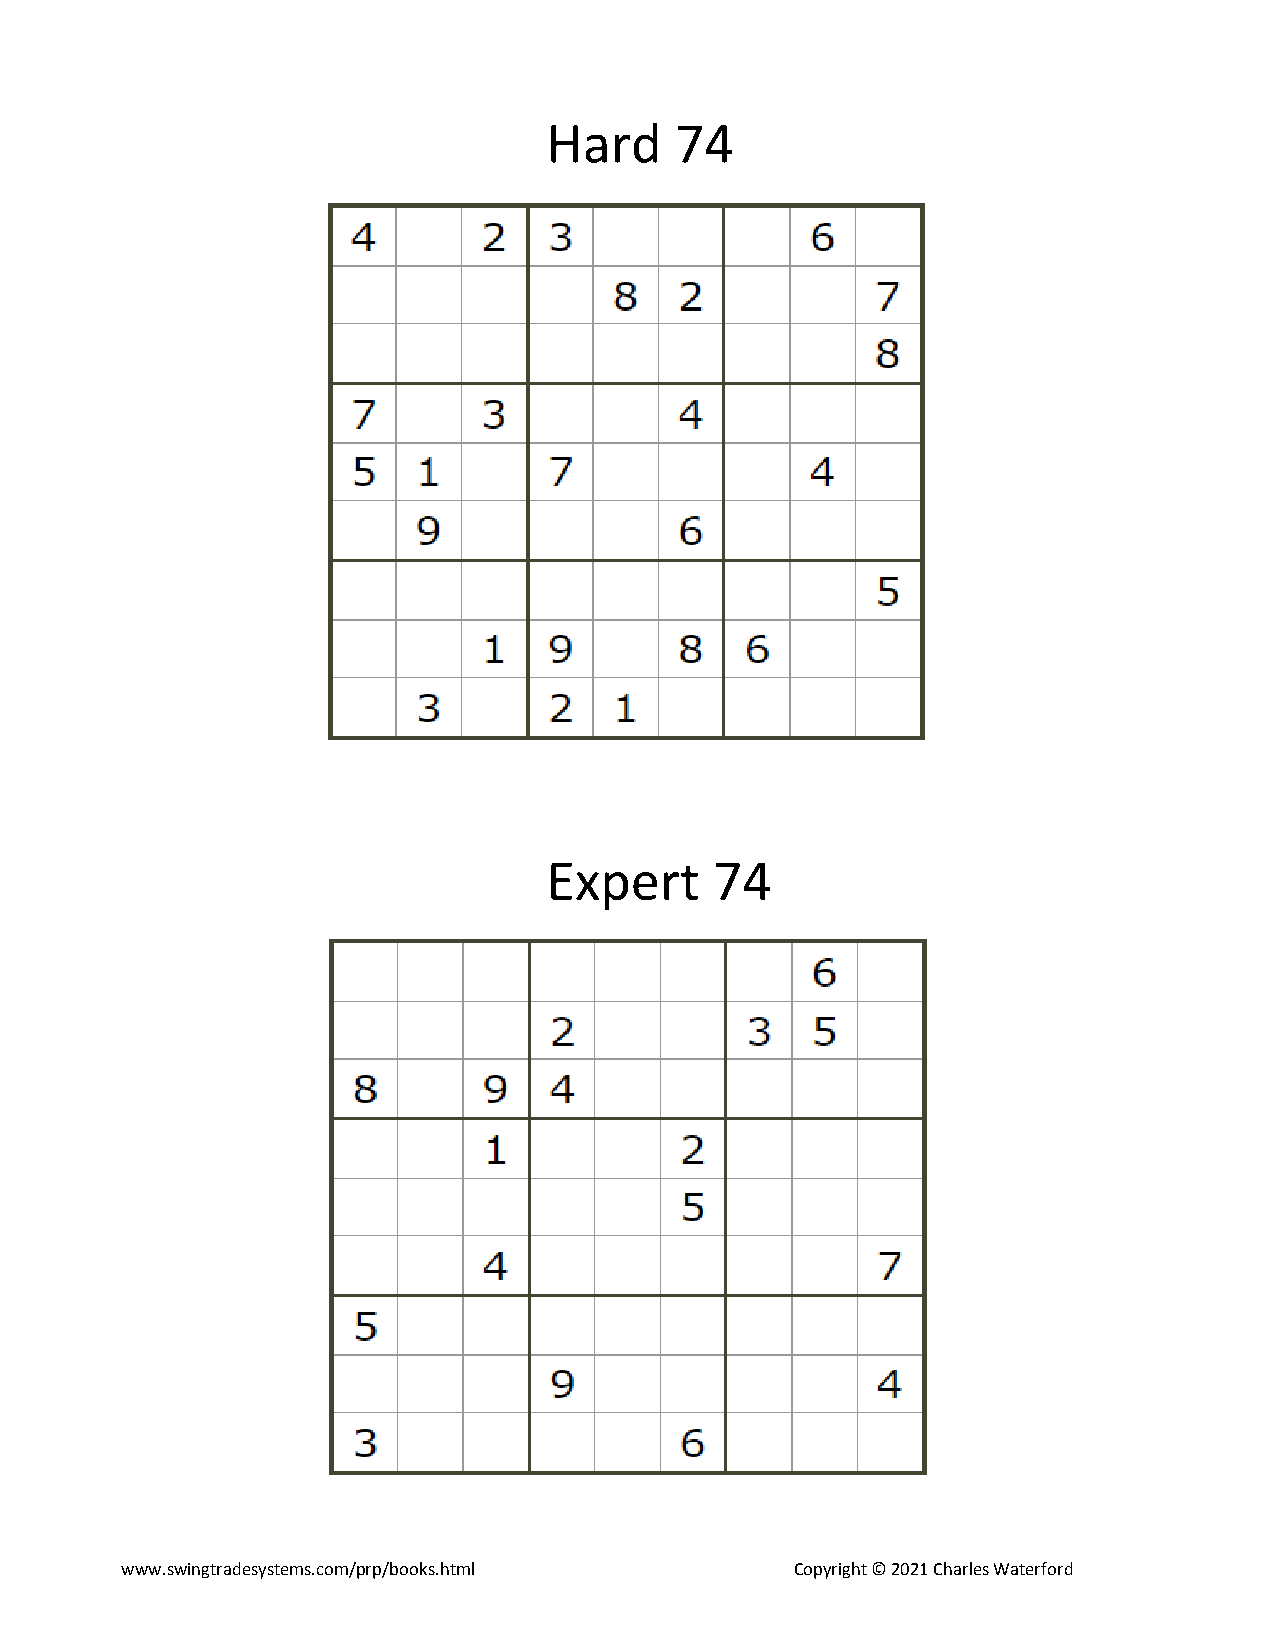
Hard     74
 Expert     74
 www.swingtradesystems.com/prp/books.html     Copyright © 2021 Charles Waterford